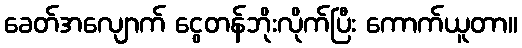
ခေတ်အလျောက် ငွေတန်ဘိုးလိုက်ပြီး ကောက်ယူတာ။